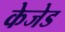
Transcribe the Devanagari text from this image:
केजेड